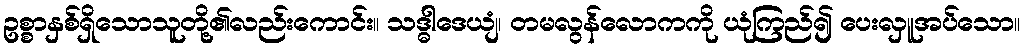
ဥစ္စာနှစ်ရှိသောသူတို့၏လည်းကောင်း။ သဒ္ဓါဒေယျံ၊ တမလွန်လောကကို ယုံကြည်၍ ပေးလှူအပ်သော။